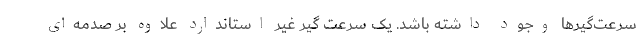
سرعت‌گیرها وجود داشته باشد. یک سرعت گیر غیر استاندارد علاوه بر صدمه‌ای